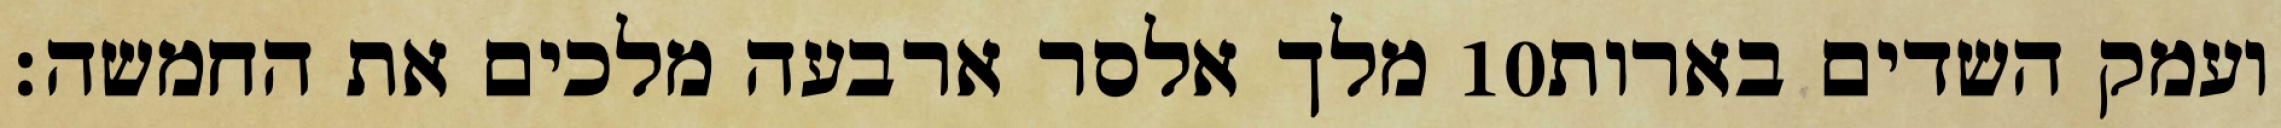
מלך אלסר ארבעה מלכים את החמשה׃ ‎10‏ ועמק השדים בארות